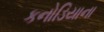
કનોડિયાના